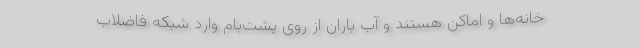
خانه‌ها و اماکن هستند و آب باران از روی پشت‌بام وارد شبکه فاضلاب